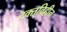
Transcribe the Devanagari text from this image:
रक्तविहीन